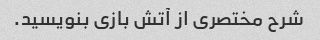
شرح مختصری از آتش بازی بنویسید.